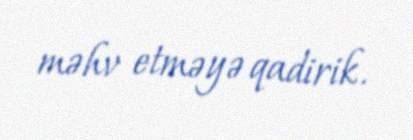
məhv etməyə qadirik.